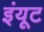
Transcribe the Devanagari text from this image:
इंयूट